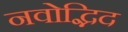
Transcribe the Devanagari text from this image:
नवोद्भिद